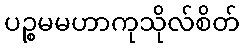
ပဉ္စမမဟာကုသိုလ်စိတ်